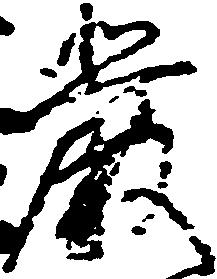
厳